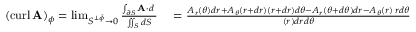
\begin{array} { r l } { ( \operatorname { c u r l } \mathbf { A } ) _ { \phi } = \operatorname* { l i m } _ { S ^ { \perp { \boldsymbol { \hat { \phi } } } } \to 0 } { \frac { \int _ { \partial S } \mathbf { A } \cdot d \mathbf { \ell } } { \iint _ { S } d S } } } & { { } = { \frac { A _ { r } ( \theta ) d r + A _ { \theta } ( r + d r ) ( r + d r ) d \theta - A _ { r } ( \theta + d \theta ) d r - A _ { \theta } ( r ) \, r d \theta } { ( r ) d r d \theta } } } \end{array}